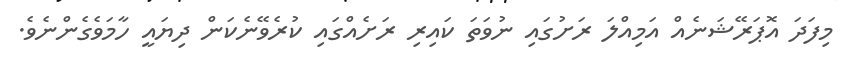
މިފަދަ އޮޕަރޭޝަނެއް އަމިއްލަ ރަށުގައި ނުވަތަ ކައިރި ރަށެއްގައި ކުރެވޭނެކަން ދިޔައީ ހާމަވެގެންނެވެ.